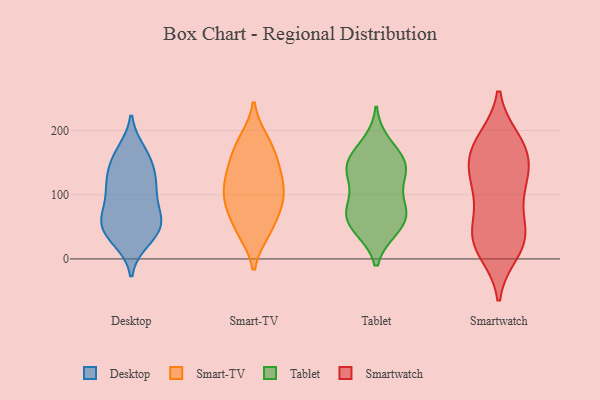
{"axis": {"x": "Shipments", "y": "Value"}, "legend": ["Desktop", "Smart-TV", "Smartwatch", "Tablet"], "data": [{"x": "", "y": 140, "type": "Desktop"}, {"x": "", "y": 28, "type": "Desktop"}, {"x": "", "y": 97, "type": "Desktop"}, {"x": "", "y": 168, "type": "Desktop"}, {"x": "", "y": 53, "type": "Desktop"}, {"x": "", "y": 117, "type": "Desktop"}, {"x": "", "y": 64, "type": "Desktop"}, {"x": "", "y": 47, "type": "Desktop"}, {"x": "", "y": 41, "type": "Desktop"}, {"x": "", "y": 117, "type": "Desktop"}, {"x": "", "y": 57, "type": "Desktop"}, {"x": "", "y": 71, "type": "Desktop"}, {"x": "", "y": 93, "type": "Desktop"}, {"x": "", "y": 60, "type": "Desktop"}, {"x": "", "y": 161, "type": "Desktop"}, {"x": "", "y": 116, "type": "Desktop"}, {"x": "", "y": 30, "type": "Desktop"}, {"x": "", "y": 135, "type": "Desktop"}, {"x": "", "y": 163, "type": "Desktop"}, {"x": "", "y": 176, "type": "Smart-TV"}, {"x": "", "y": 97, "type": "Smart-TV"}, {"x": "", "y": 136, "type": "Smart-TV"}, {"x": "", "y": 185, "type": "Smart-TV"}, {"x": "", "y": 84, "type": "Smart-TV"}, {"x": "", "y": 78, "type": "Smart-TV"}, {"x": "", "y": 71, "type": "Smart-TV"}, {"x": "", "y": 41, "type": "Smart-TV"}, {"x": "", "y": 156, "type": "Smart-TV"}, {"x": "", "y": 107, "type": "Smart-TV"}, {"x": "", "y": 144, "type": "Smart-TV"}, {"x": "", "y": 40, "type": "Smart-TV"}, {"x": "", "y": 124, "type": "Smart-TV"}, {"x": "", "y": 43, "type": "Smart-TV"}, {"x": "", "y": 106, "type": "Smart-TV"}, {"x": "", "y": 187, "type": "Smart-TV"}, {"x": "", "y": 138, "type": "Smart-TV"}, {"x": "", "y": 93, "type": "Smart-TV"}, {"x": "", "y": 47, "type": "Tablet"}, {"x": "", "y": 148, "type": "Tablet"}, {"x": "", "y": 75, "type": "Tablet"}, {"x": "", "y": 140, "type": "Tablet"}, {"x": "", "y": 131, "type": "Tablet"}, {"x": "", "y": 84, "type": "Tablet"}, {"x": "", "y": 128, "type": "Tablet"}, {"x": "", "y": 180, "type": "Tablet"}, {"x": "", "y": 145, "type": "Tablet"}, {"x": "", "y": 72, "type": "Tablet"}, {"x": "", "y": 162, "type": "Tablet"}, {"x": "", "y": 47, "type": "Tablet"}, {"x": "", "y": 81, "type": "Tablet"}, {"x": "", "y": 53, "type": "Tablet"}, {"x": "", "y": 110, "type": "Smartwatch"}, {"x": "", "y": 26, "type": "Smartwatch"}, {"x": "", "y": 183, "type": "Smartwatch"}, {"x": "", "y": 33, "type": "Smartwatch"}, {"x": "", "y": 160, "type": "Smartwatch"}, {"x": "", "y": 31, "type": "Smartwatch"}, {"x": "", "y": 107, "type": "Smartwatch"}, {"x": "", "y": 178, "type": "Smartwatch"}, {"x": "", "y": 142, "type": "Smartwatch"}, {"x": "", "y": 13, "type": "Smartwatch"}, {"x": "", "y": 55, "type": "Smartwatch"}, {"x": "", "y": 112, "type": "Smartwatch"}, {"x": "", "y": 149, "type": "Smartwatch"}, {"x": "", "y": 177, "type": "Smartwatch"}, {"x": "", "y": 35, "type": "Smartwatch"}]}